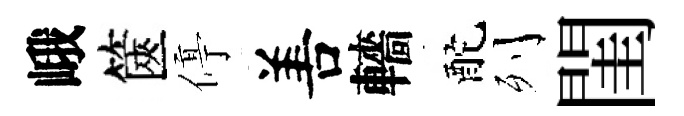
峨篋停𠵊轖酡列閨